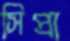
সিপ্রা